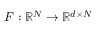
F : \mathbb { R } ^ { N } \to \mathbb { R } ^ { d \times N }